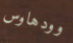
وودهاوس